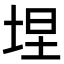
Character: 㘿